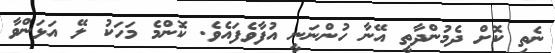
ނެތި ކޮށް ދެމުންދާތީ އޭނާ ހުންނަނީ އުފާވެފައެވެ. ކޮންމެ މަހަކު ލޭ އަޅަންވާ